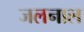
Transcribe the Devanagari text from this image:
जलनाल